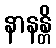
နာနန္တိ